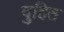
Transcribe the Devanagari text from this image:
दुहित